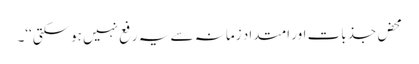
محض جذبات اور امتداد زمانہ سے یہ رفع نہیں ہوسکتی‘‘۔